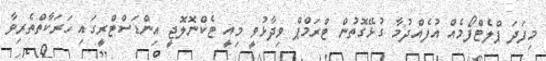
މިފަދަ ޕްލެޓްފޯމެއް އުފެއްދުމާ ގުޅޭގޮތުން ޓްރަމްޕް ވިދާޅުވީ މިއީ ޓެކްނޮލޮޖީ އިންޑަސްޓްރީގައި ހަރަކާތްތެރިވާ